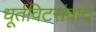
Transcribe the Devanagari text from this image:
धूर्तविटसंवाद